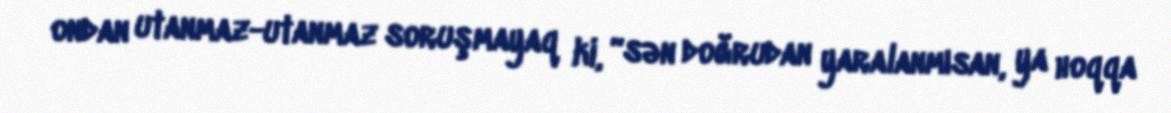
ondan utanmaz-utanmaz soruşmayaq ki, “sən doğrudan yaralanmısan, ya hoqqa